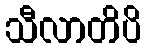
သီလာတိပိ